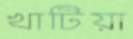
খাটিয়া